system: You are a helpful assistant.
user:
Analyze the provided spectrum to determine if it is a **S-type Star**.

- **Key Indicators for S-type Star:**

    - **(Overall Spectrum Shape):** The first and most obvious characteristic is the overall continuum (the "baseline" shape). It is **extremely "red-sloping,"** meaning the flux (light intensity) is very low on the left side (blue, ~4000-4500 Å) and rises steeply and continuously toward the right side (red, ~7000 Å+).

    - **(Primary):** The spectrum is defined by the presence of strong, broad molecular absorption "valleys" (bands) from **Zirconium Oxide (ZrO)**. The identification of these bands is the **primary requirement** for classifying a star as S-type.
        - **(Key Bandheads):** You must find distinct, deep "dips" where the light has been absorbed. The most critical band systems to locate are:
            - **~6474 Å** ($\gamma$-system): This is often the strongest and clearest ZrO feature, found in the red part of the spectrum.
            - **~5718 Å** & **~5551 Å** ($\beta$-system): A pair of prominent absorption features in the yellow-orange part of the spectrum.
            - **~4640 Å** ($\alpha$-system): A key absorption band system in the blue-green region of the spectrum.

    - **(Secondary Confirmation):** The classification is strengthened by finding additional absorption bands from other related heavy element oxides, which are expected to be present alongside ZrO.
        - **(Key Bandheads):**
            - **Yttrium Oxide (YO):** Look for absorption dips near **~4800 Å** and **~6100 Å**.
            - **Lanthanum Oxide (LaO):** Additional absorption features, particularly in the red-orange part of the spectrum, are also characteristic.

    - **(Line Profile):** The combination of the steep red continuum and these numerous, deep molecular bands (ZrO, YO, etc.) gives the entire spectrum a very **"chopped-up"** or **"bumpy"** appearance. Instead of a smooth curve, the spectrum looks as though large, wide chunks of light have been "carved out" of it at the specific wavelengths listed above.

Think first, call **spectral_visualization_tool** if needed to examine features in detail, then provide your final answer. Your response must adhere to the following strict rules:
1.  **Overall Structure:** Your response must follow the format `<think>...</think> <tool_call>...</tool_call> (if a tool is used) <answer>...</answer>`.
2.  **Tool Usage Constraint:** You may only make **one** tool call per turn.
3.  **Final Answer Format:** In the `<answer>` tag, your conclusion must be inside a `\boxed{}` command (e.g., `\boxed{YES}` or `\boxed{NO}`), followed by your justification.

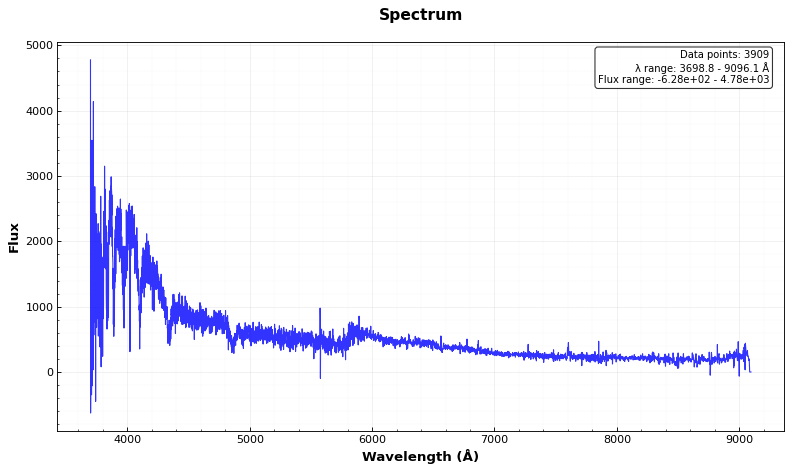
Answer: NO